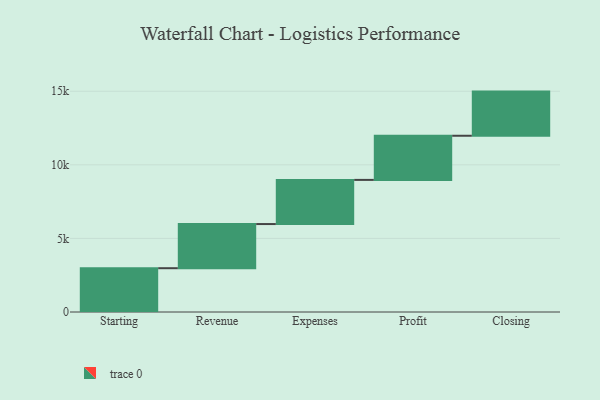
{"axis": {"x": "Step", "y": "Value"}, "legend": [""], "data": [{"x": "Starting", "y": 2976.0, "type": ""}, {"x": "Revenue", "y": 3000, "type": ""}, {"x": "Expenses", "y": 3000, "type": ""}, {"x": "Profit", "y": 3000, "type": ""}, {"x": "Closing", "y": 3000, "type": ""}]}